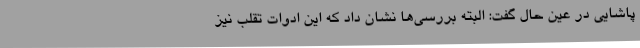
پاشایی در عین حال گفت: البته بررسی‌ها نشان داد که این ادوات تقلب نیز